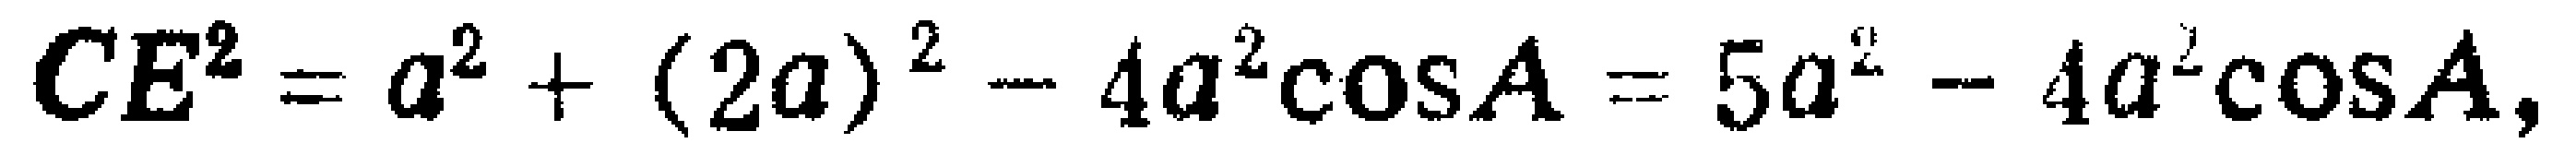
\[CE^{2}=a^{2}+(2a)^{2}-4a^{2}\cos A = 5a^{2}-4a^{2}\cos A,\]